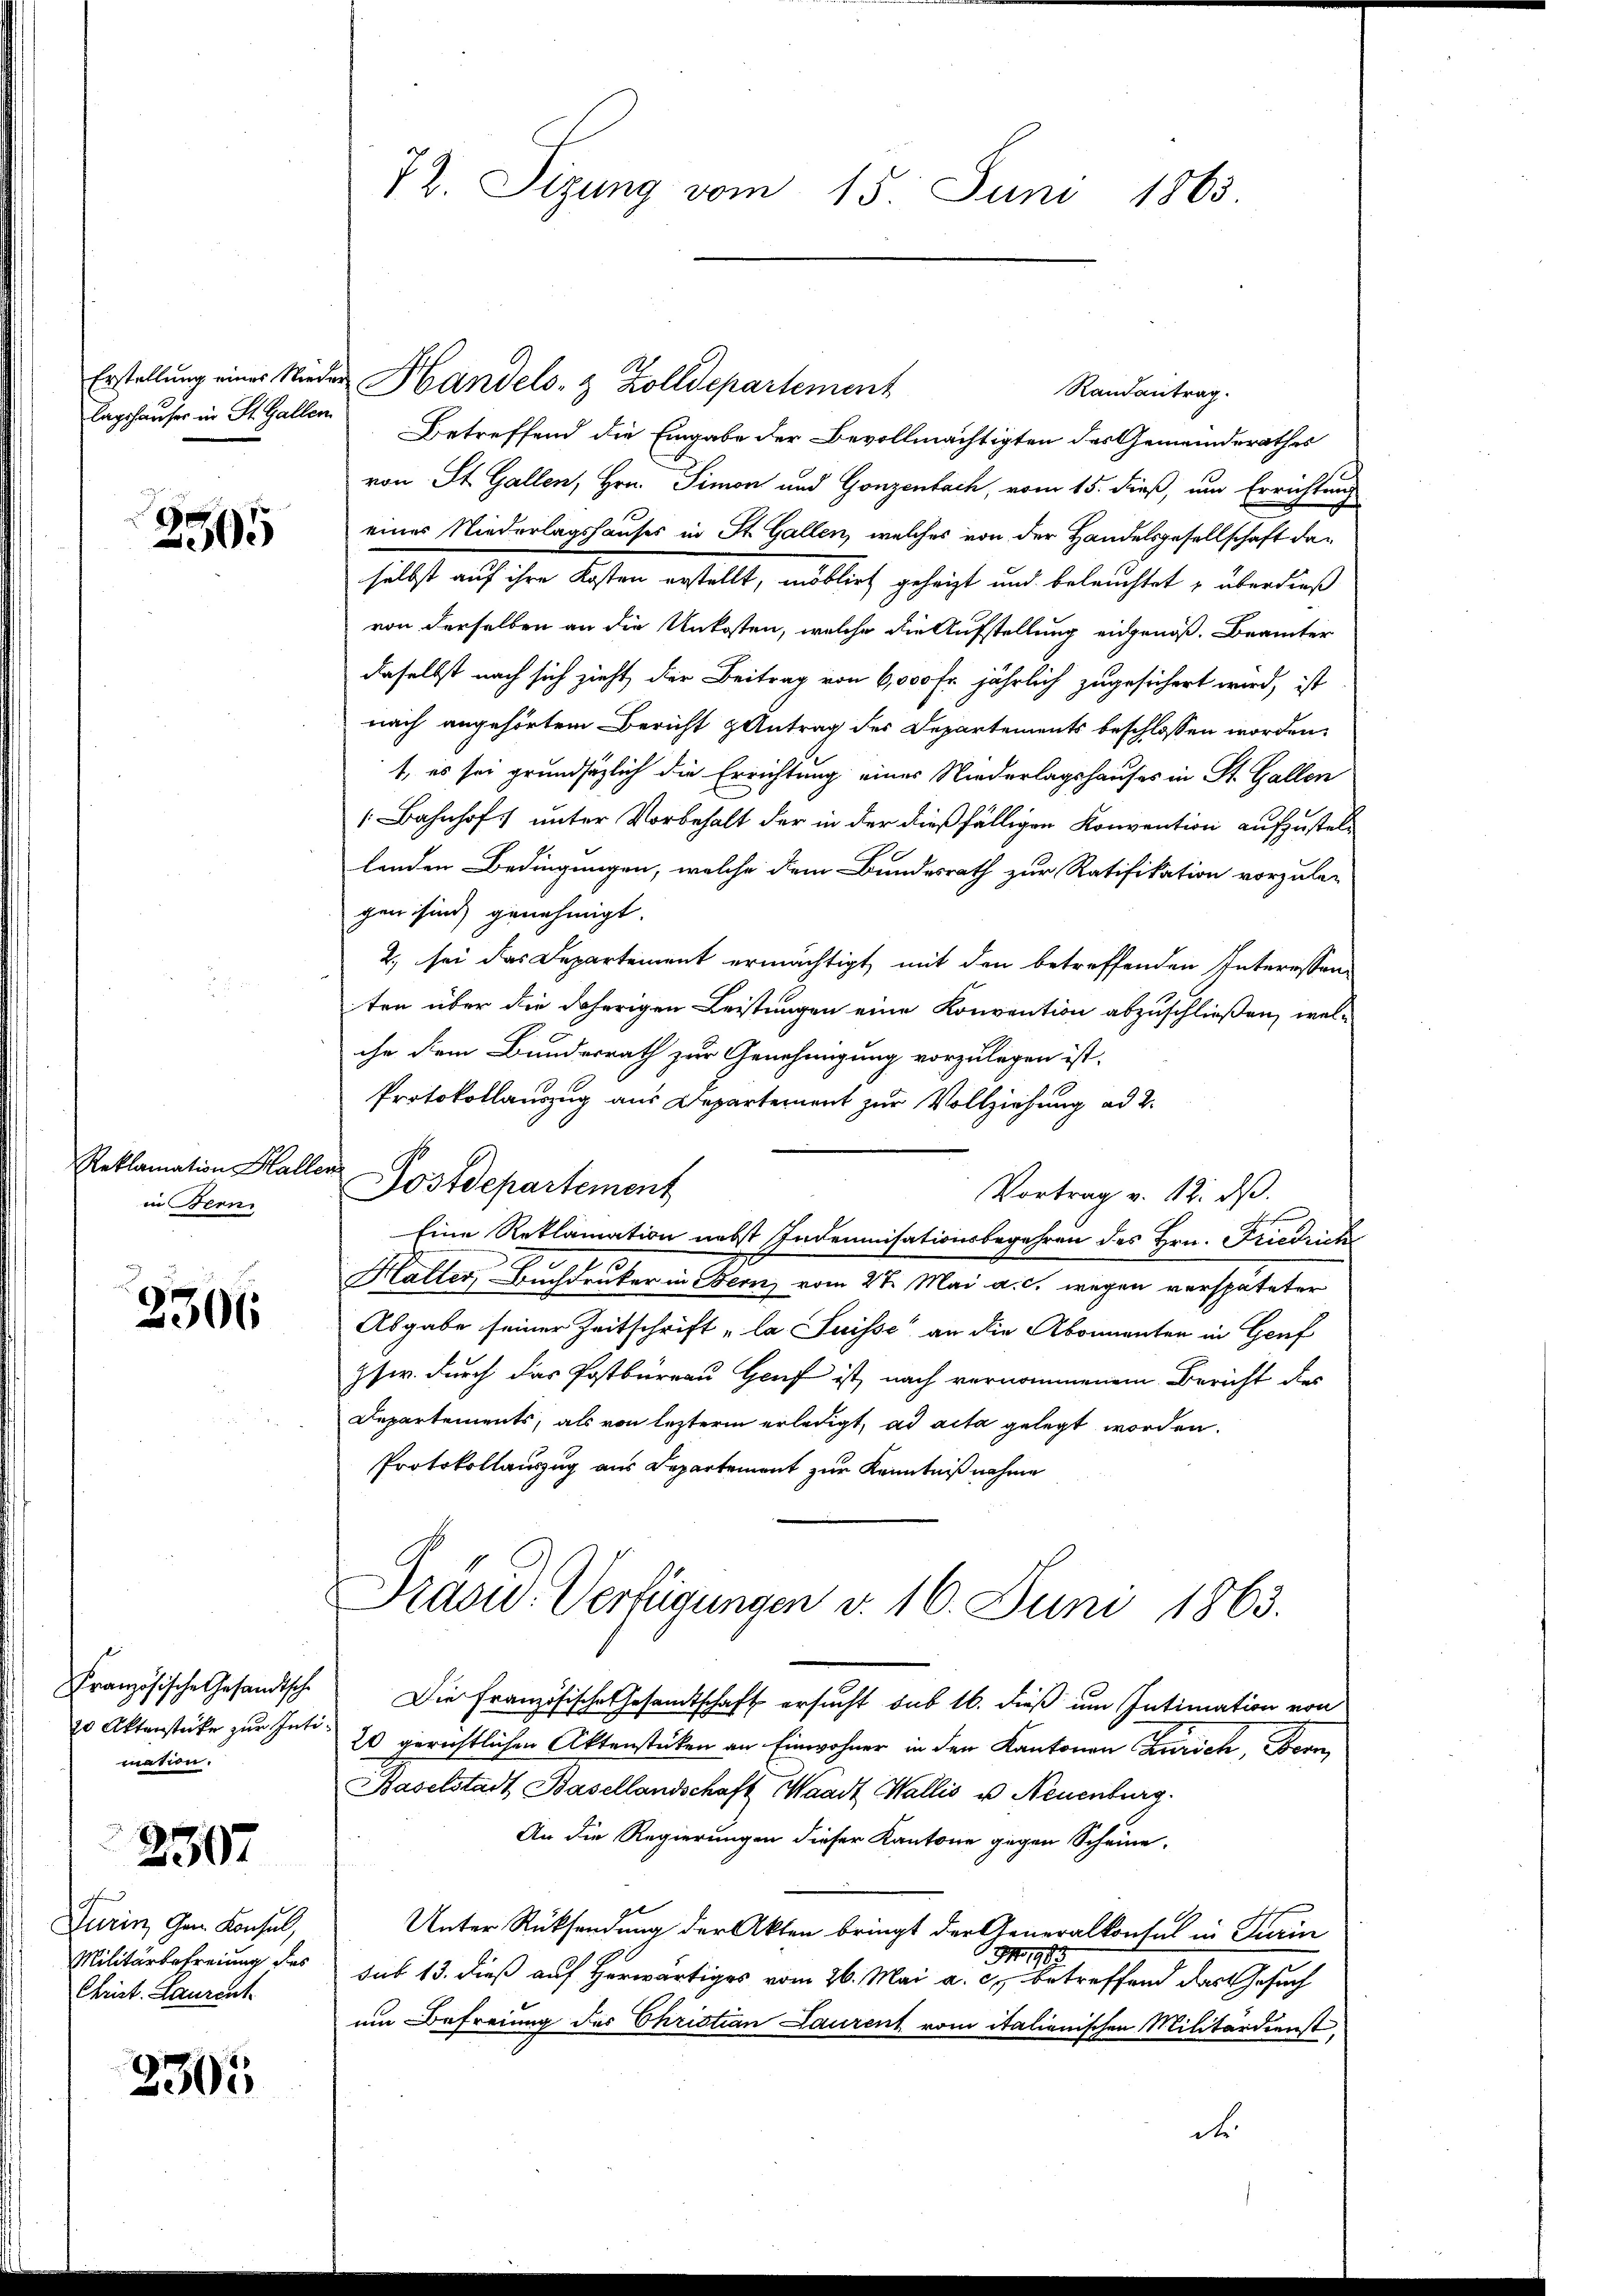
lagshauser in St. Gallen

2505

Reklamation Halle
in Berni

2306

Französische Gesandtsche
20 Aktenstücke zur Inte
mation.

urin, Gem. Konsul,
Militärbefreiung des
Christ. Laurent

2507

2305

72. Sizung vom 15. Juni 1865

Randantrag.
Betreffend die Eingabe der Bevollmächtigten des Gemeinderathes
von St. Gallen, Hrn. Simon und Gonzenbach, vom 15. dieß, um Errichtung
einer Niederlagshauses in St. Gallen, welches von der Handelsgesellschaft daselbst auf ihre Kosten erstellt, möblirt geheizt und beleuchtet u überdieß
von derselben an die Unkosten, welche die Aufstellung eingenoß. Beamter
daselbst nach sich zieht, der Beitrag von 6,000 Fr. jährlich zugesichert wird, ist
nach angehörtem Bericht Antrag des Departements beschlossen worden.
t, es sei grundsätzlich die Errichtung eines Niederlagshauses in St. Gallen
Bahnhof unter Vorbehalt der in der dießfälligen Konvention aufzustellenden Bedingungen, welche dem Bundesrath zur Ratifikation vorzule-
gen sind genehmigt.
2) sei das Departement ermächtigt, mit den betreffenden Interessen-
ten über die daherigen Leistungen eine Konvention abzuschließen, wel-
che dem Bundesrath zur Genehmigung vorzulegen ist.
Protokollauszug aus Departement zur Vollziehung ad 2.
Vortrag v. 12. ds.
Eine Reklamation nebst Indemnisationsbegehren des Hrn. Friedrich
Halter, Buchdruker in Bern vom 27. Mai a. c. wegen verspäteter
Abgabe seiner Zeitschrift „la Suisse an die Abonnenten in Genf
psw. durch das Postbüreau Genf ist, nach vernommenem Bericht dies
Departements, als von lezterm erledigt, ad acta gelegt worden.
Protokollauszug aus Repartement zur Kenntniß nahme
Prasw. Verfügungen d. 16. Juni 1863.
Die Französische Gesamtschaft ersucht sub 16. dieß um Intimation von
20 gerichtlichen Aktenstücken an Einwohner in den Kantonen Zürich, Bern
Baselstadt Basellandschaft Waadt Wallis u Neuenburg.
An die Regierungen dieser Kantone gegen Scheine.
Unter Rücksendung der Akten bringt der Generalkonsul in Turin
1983
sub 13. dieß auf herwärtiges vom 26. Mai a. c. betreffend das Gesuch
um Befreiung des Christian Laurent vom italienischen Militärdienst
d

Erstellung eines Nieder Handels- & Zolldepartement

Postdepartement